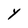
Character: Y